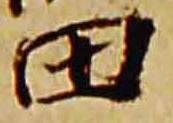
田